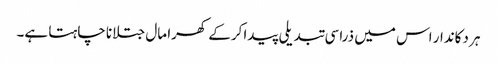
ہر دکاندار اس میں ذراسی تبدیلی پیدا کرکے کھرا مال جتلانا چاہتا ہے۔